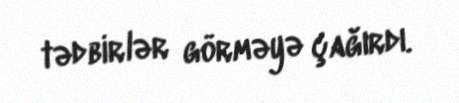
tədbirlər görməyə çağırdı.